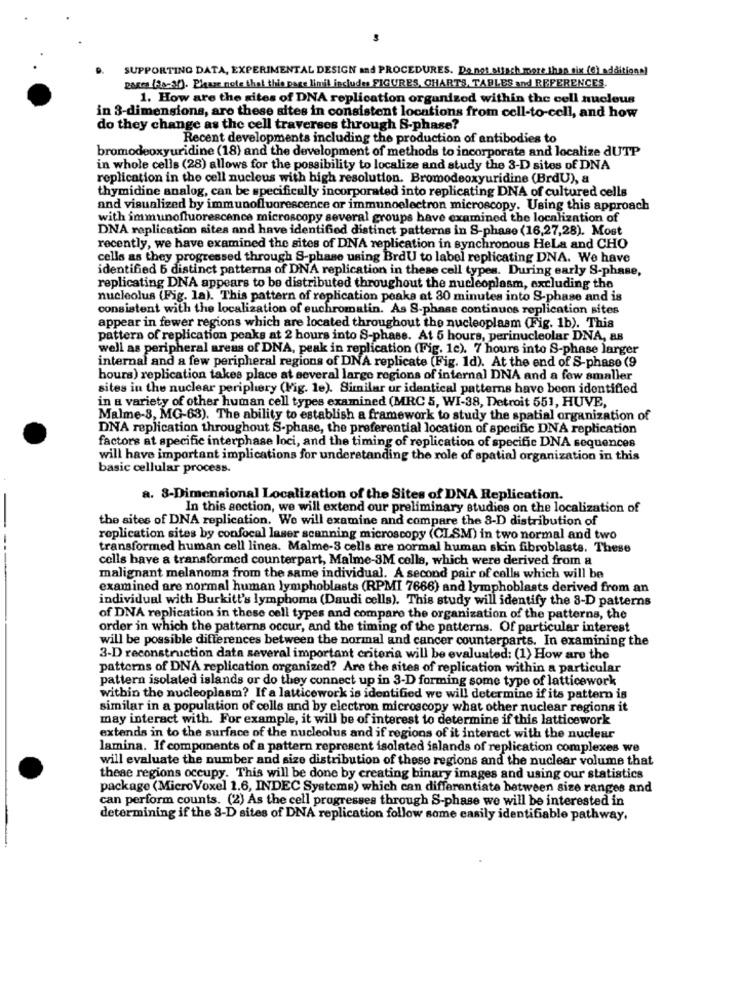
SUPPORTING DATA, EXPERIMENTAL DESIGN and PROCEDURES. Do not sitach more than six (6) additional
Barra (2003). Please note that this page limit includes FIGURES, CHARTS, TABLES and REFERENCES.
1. How are the sites of DNA replication organized within the cell nucleus
in 3-dimensions, are these sites in consistent locations from cell-to-cell, and how
do they change as the cell traverses through S-phase?
Recent developments including the production of antibodies to
bromodeoxyuridine (18) and the development of methods to incorporate and localize dUTP
in whole cells (28) allows for the possibility to localize and study the 3-D sites of DNA
replication in the cell nucleus with high resolution. Bromodeoxyuridine (BrdU), &
thymidine analog, can be specifically incorporated into replicating DNA of cultured cells
and visualized by immunofluorescence or immunoelectron microscopy. Using this approach
with immunofluorescence microscopy several groups have examined the localization of
DNA replication sites and have identified distinct patterns in S-phase (16,27,28). Most
recently, we have examined the sites of DNA replication in synchronous HeLa and CHO
cells as they progressed through S-phase using BrdU to label replicating DNA. We have
identified 6 distinct patterns of DNA replication in these cell types. During early S-phase,
replicating DNA appears to be distributed throughout the nucleoplasm, excluding the
nucleolus (Fig. la). This pattern of replication peaks at 30 minutes into S-phase and is
consistent with the localization of euchromatin. As S-phase continuos replication sites
appear in fewer regions which are located throughout the nucleoplasm (Fig. 1b). This
pattern of replication peaks at 2 hours into S-phase. At 5 hours, perinucleolar DNA, aB
well as peripheral areas of DNA, peak in replication (Fig. 1c). 7 hours into S-phase larger
internal and a few peripheral regions of DNA replicate (Fig. 1d). At the end of S-phase (9
hours) replication takes place at several large regions of internal DNA and a few smaller
sites in the nuclear periphery (Fig. le). Similar ur identical patterns have been identified
in a variety of other human cell types examined (MRC 5, WI-38, Detroit 551, HUVE,
Malme-8, MG-63). The ability to establish a framework to study the spatial organization of
DNA replication throughout S-phase, the preferential location of specific DNA replication
factors at specific interphase loci, and the timing of replication of specific DNA sequences
will have important implications for understanding the role of spatial organization in this
basic cellular process.
a. 8-Dimensional Localization of the Sites of DNA Replication.
In this section, we will extend our preliminary studies on the localization of
the sites of DNA replication. We will examine and compare the 3-D distribution of
replication sites by confocal laser scanning microscopy (CISM) in two normal and two
transformed human cell lines. Malme-3 cells are normal human skin fibroblasts. These
cells have a transformed counterpart, Malme-3M cella, which were derived from a
malignant melanoma from the same individual. A second pair of cells which will be
examined are normal human lymphoblasts (RPMI 7666) and lymphoblasts derived from an
individual with Burkitt's lymphoma (Daudi cells). This study will identify the 3-D patterns
of DNA replication in these cell types and compare the organization of the patterns, the
order in which the patterns occur, and the timing of the patterns. Of particular interest
will be possible differences between the normal and cancer counterparts. In examining the
3-D reconstruction data several important criteria will be evaluated: (1) How are the
patterns of DNA replication organized? Are the sites of replication within a particular
pattern isolated islands or do they connect up in 3-D forming some type of latticework
within the nucleoplasm? If a latticework is identified we will determine if its pattern is
similar in a population of cells and by electron microscopy what other nuclear regions it
may interact with. For example, it will be of interest to determine if this latticework
extends in to the surface of the nucleolus and if regions of it interact with the nuclear
lamina. If components of a pattern represent isolated islands of replication complexes we
will evaluate the number and size distribution of these regions and the nuclear volume that
these regions occupy. This will be done by creating binary images and using our statistics
package (Micro Voxel 1.6, INDEC Systems) which can differentiate between size ranges and
can perform counts. (2) As the cell progresses through S-phase we will be interested in
determining if the 3-D sites of DNA replication follow some easily identifiable pathway.